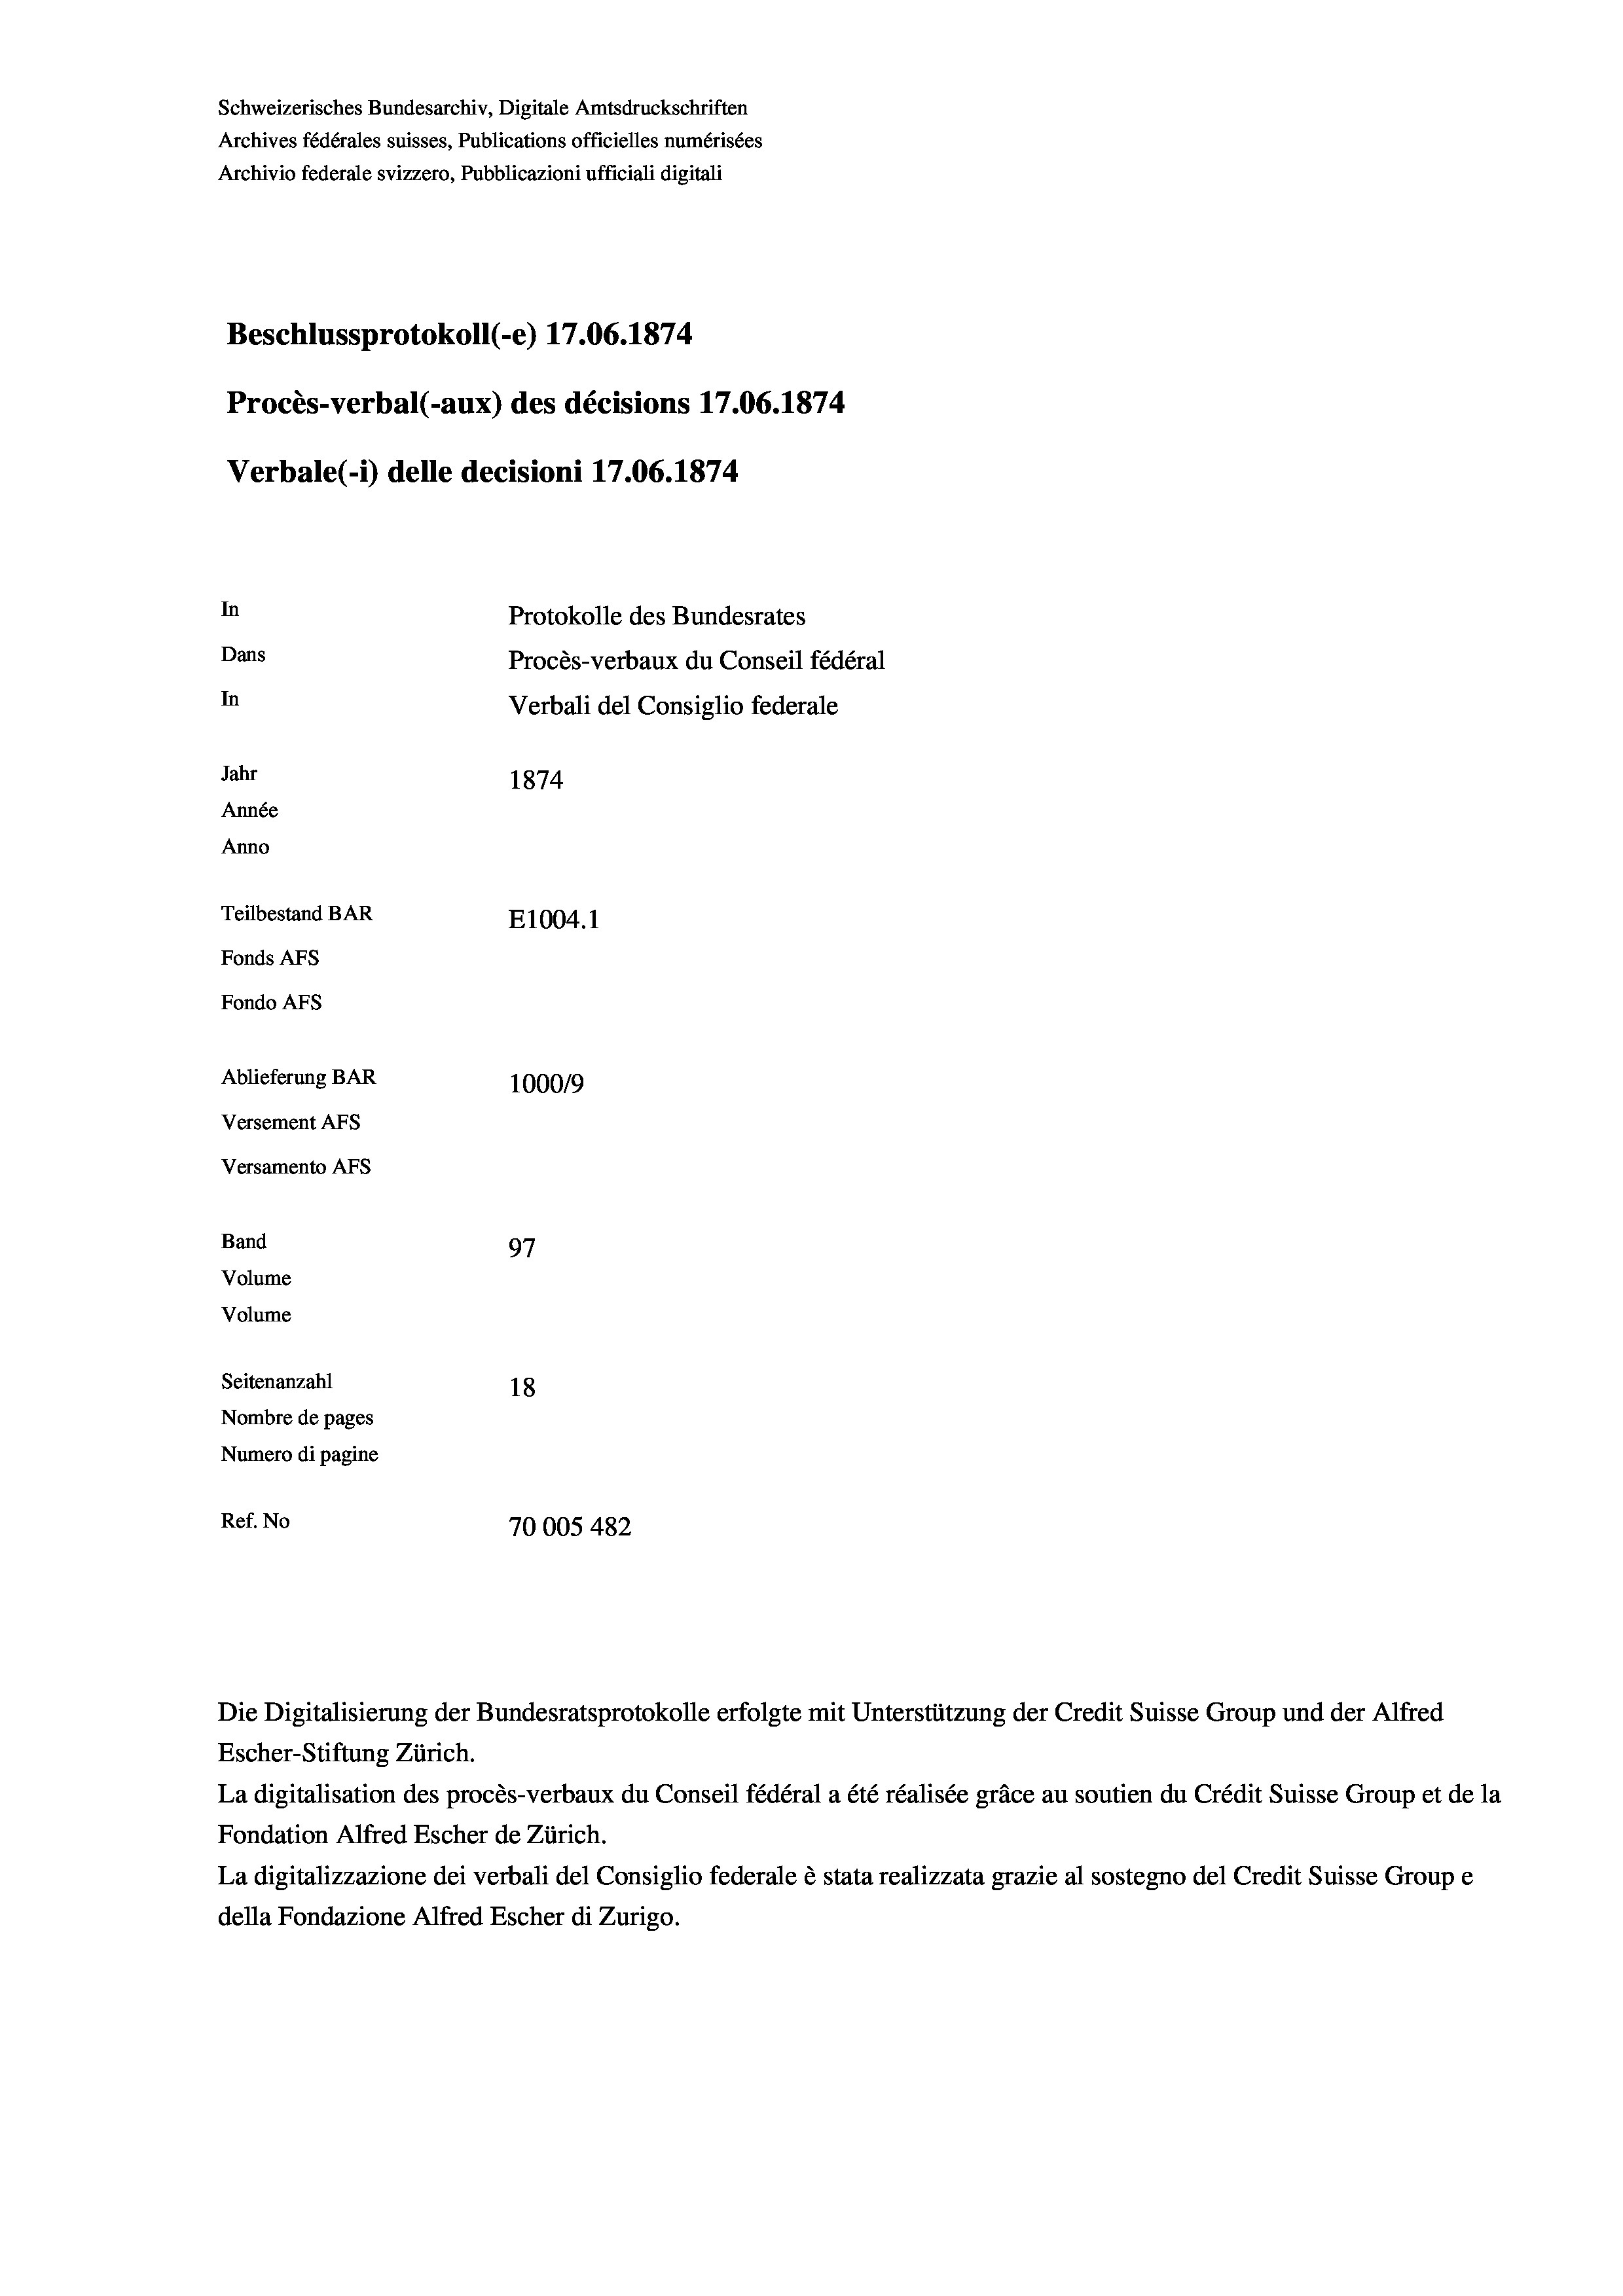
Schweizerisches Bundesarchiv, Digitale Amtsdruckschriften
Archives fédérales suisses, Publications officielles numérisées
Archivio federale svizzero, Pubblicazioni ufficiali digitali
Beschlussprotokoll (-e) 17.06. 1874.
Procès-verbal (-aux) des décisions 17.06. 1874
Verbale(-*) delle decisioni 17.06. 1874
In
Protokolle des Bundesrates
Dans
Procès-verbaux du Conseil fédéral
In
Verbali del Consiglio federale
Jahr
1874
Année
Anno
Teilbestand BAR
E1004.1
Fonds Afs
Fondo AFs
Ablieferung BAR
1000/9
Versement Abs
Versamento Afs

97
Seitenanzahl
18
Nombre de pages
Numero di pagine
Ref. No
70005 482

Band
Volume
Volume

Die Digitalisierung der Bundesratsprotokolle erfolgte mit Unterstützung der Credit Suisse Group und der Alfred
Escher-Stiftung Zürich.
La digitalisation des procès-verbaux du Conseil fédéral a été réalisée gräce au soutien du Crédit Suisse Group et de la
Fondation Alfred Escher de Zürich.
La digitalizzazione dei verbali del Consiglio federale è stata realizzata grazie al sostegno del Credit Suisse Groupe
della Fondazione Alfred Escher di Zurigo.